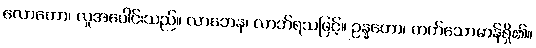
လောကော၊ လူအပေါင်းသည်။ လာဘေန၊ လာဘ်ရသဖြင့်။ ဥန္နတော၊ တက်သောမာန်ရှိ၏။